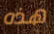
هذه